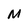
Character: M